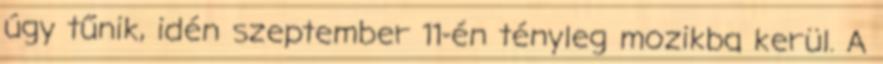
úgy tűnik, idén szeptember 11-én tényleg mozikba kerül. A